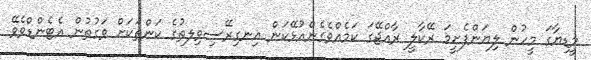
މީޑިޔާގަ މީހުން ލިޔަންފެށީމަ ރޭކާލީ ރާއްޖޭގަ ކަމެއްވެގެންއުޅޭކަން އިނގިރޭސިވިލތުގެ ކަންތަކަށް ވަގުތުން އެޓެންޑްވެވޭ